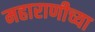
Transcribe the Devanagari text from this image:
महाराणीच्या